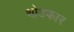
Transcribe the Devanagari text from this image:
थोडफार